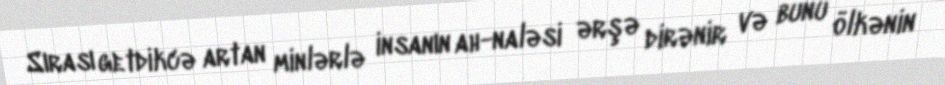
Sırası getdikcə artan minlərlə insanın ah-naləsi ərşə dirənir və bunu ölkənin